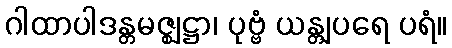
ဂါထာပါဒန္တမဇ္ဈဋ္ဌာ၊ ပုဗ္ဗံ ယန္တျပရေ ပရံ။